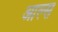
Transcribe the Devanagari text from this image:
आल्स